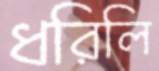
ধরিলি